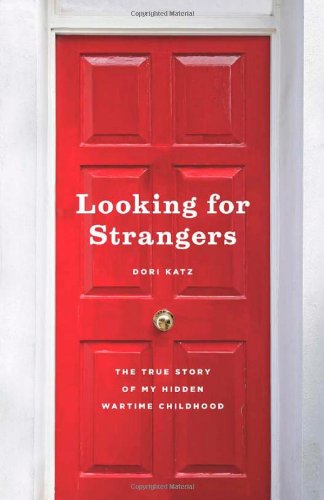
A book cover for Looking for Strangers: The True Story of My Hidden Wartime Childhood; Dori Katz; History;